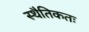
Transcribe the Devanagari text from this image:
स्थैतिकतः